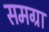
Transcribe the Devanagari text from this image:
समग्रा